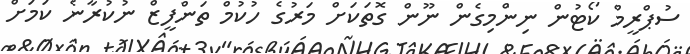
ސުޕްރީމް ކޯޓުން ނިންމިގެން ނޫން ގޮތަކަށް މަރުގެ ހުކުމް ތަންފީޒް ނުކުރާނެ ކަމަށް